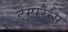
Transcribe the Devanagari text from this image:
टेम्परेन्स